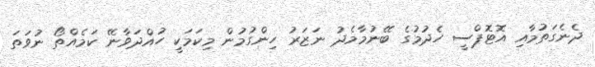
ދެނެގަތުމާއި އޮޓޮޕްސީ ހެދުމުގެ ބޭނުމާމެދު ނަޒަރު ހިންގުމުން މިކަމަކީ ހުއްދަވާނޭ ކަމެއްތޯ ނުވަތަ